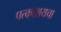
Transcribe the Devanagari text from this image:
पत्कारायचा